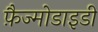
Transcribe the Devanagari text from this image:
फ़ैज्मोडाइडी